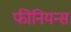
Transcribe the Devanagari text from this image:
फीनियन्स